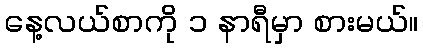
နေ့လယ်စာကို ၁ နာရီမှာ စားမယ်။